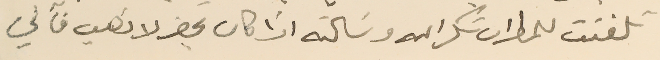
تلفنت للمطران شكرالله وسَألته اذا كان يحضر لاذهب فآني